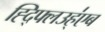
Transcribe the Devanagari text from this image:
ह्द्फ्लिउह्॑एब